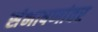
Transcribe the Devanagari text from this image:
संभाषणांवर